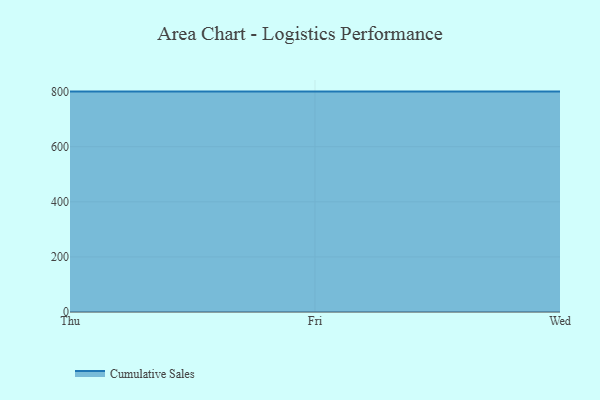
{"axis": {"x": "Day", "y": "Net Income (USD K)"}, "legend": ["Cumulative Sales"], "data": [{"x": "Thu", "y": 800, "type": "Cumulative Sales"}, {"x": "Fri", "y": 800, "type": "Cumulative Sales"}, {"x": "Wed", "y": 800, "type": "Cumulative Sales"}]}